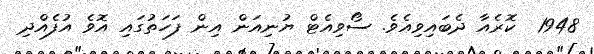
1948  ކޮރެއާ ދެބައިވިއެވެ. ސޯވިއެޓް ޔުނިއަން އިން ފަހަތުގައި އޮވެ އުފެއްދި